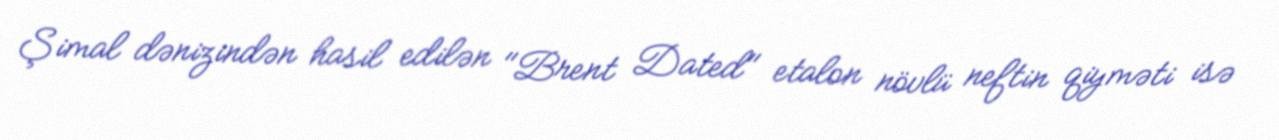
Şimal dənizindən hasil edilən "Brent Dated" etalon növlü neftin qiyməti isə